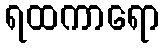
ရထကာရော